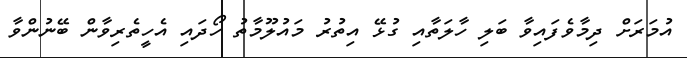
އުމަރަށް ދިމާވެފައިވާ ބަލި ހާލަތާއި ގުޅޭ އިތުރު މައުލޫމާތު ހޯދައި އެހީތެރިވާން ބޭނުންވާ